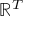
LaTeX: \mathbb { R } ^ { T }